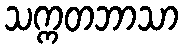
သက္ကတဘာသာ